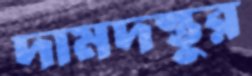
দামদস্তুর